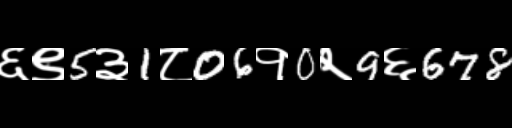
Text: ६९5३1८06१0२9६678